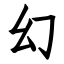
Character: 幻